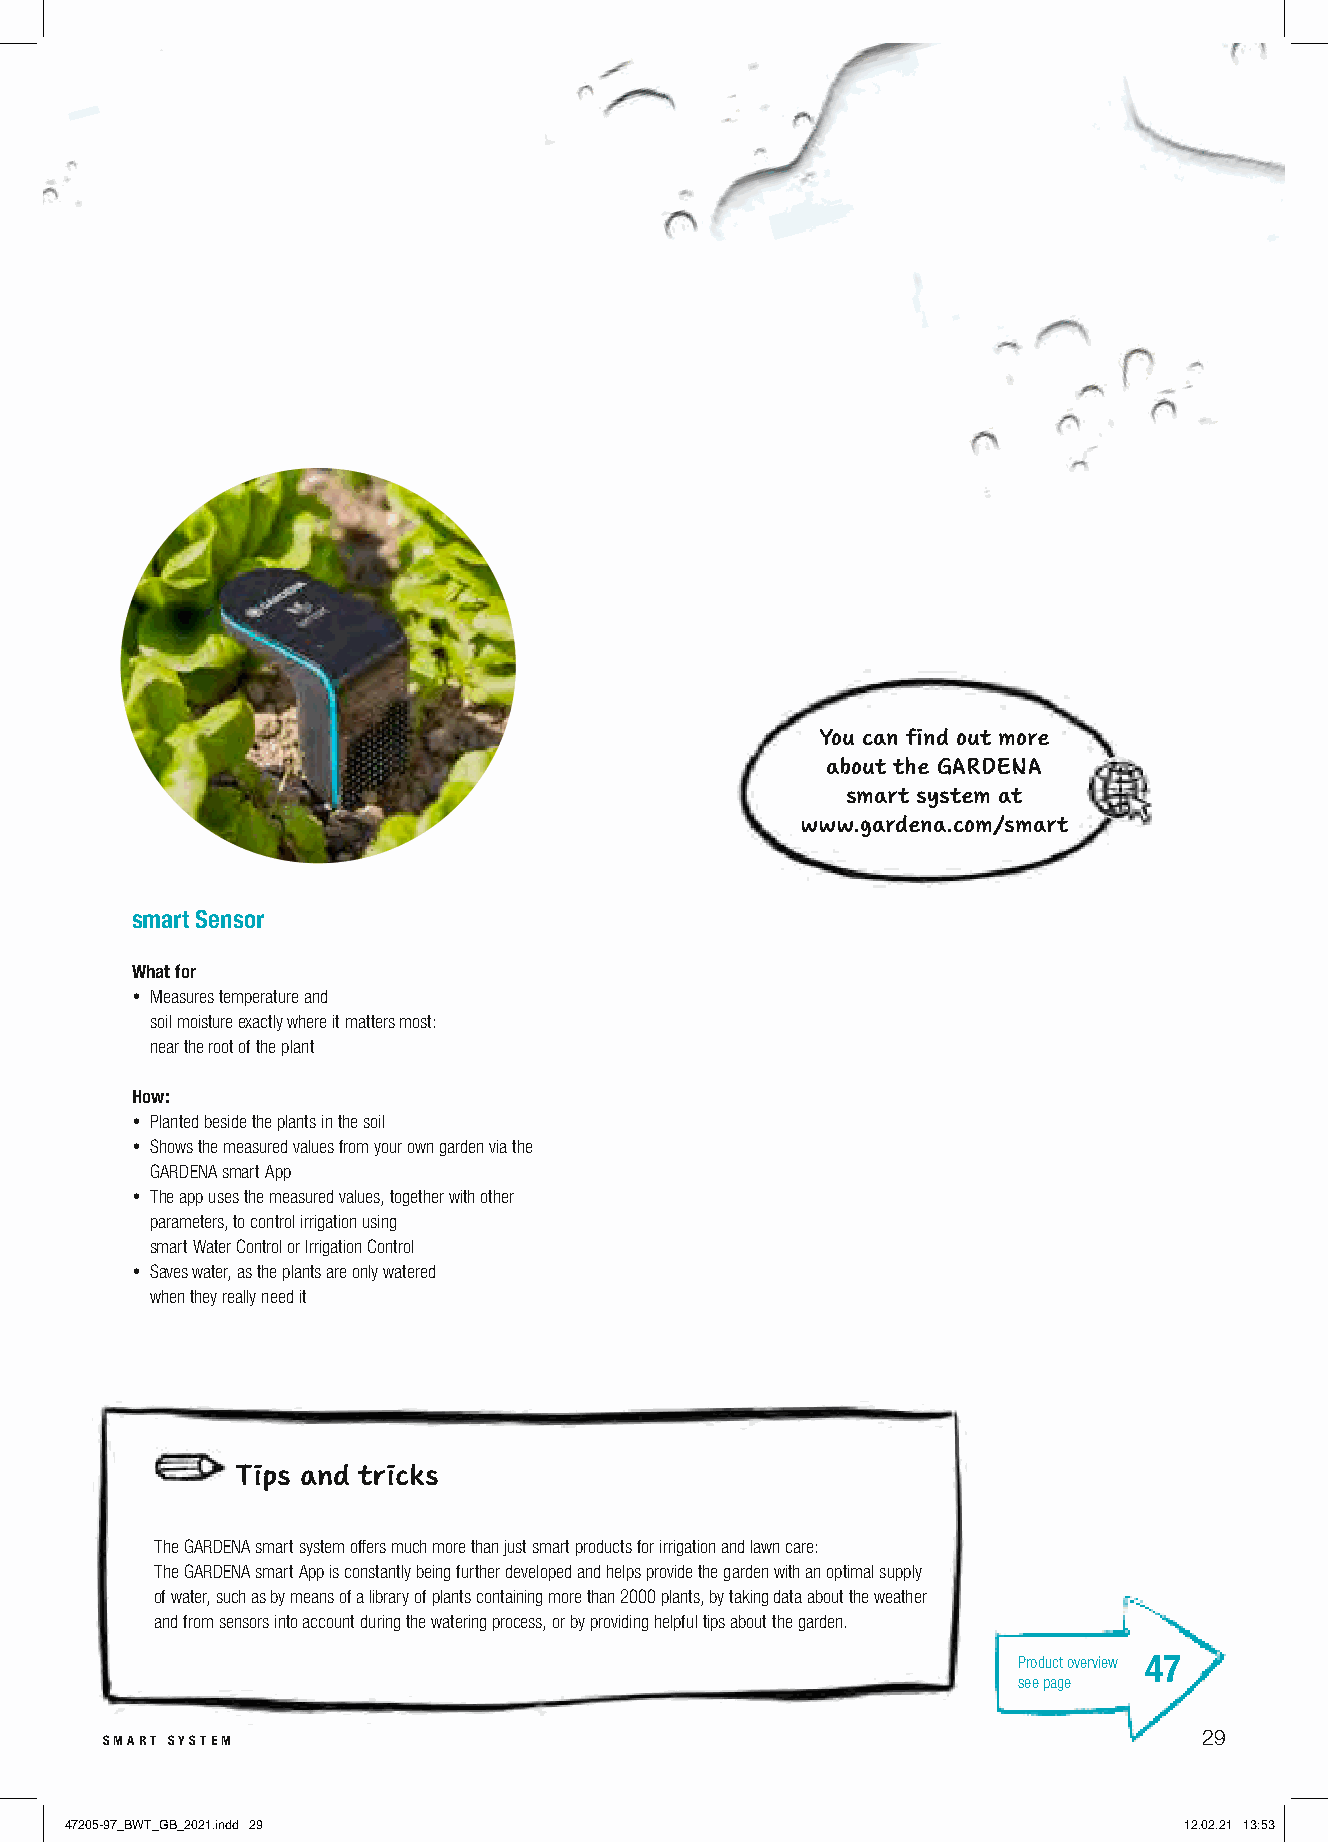
You can find out more
 about the GARDENA
 smart system at
 www.gardena.com/smart
 smart Sensor
 What for
 • Measures temperature and
 soil moisture exactly where it matters most:
 near the root of the plant
 How:
 • Planted beside the plants in the soil
 • Shows the measured values from your own garden via the
 GARDENA smart App
 • The app uses the measured values, together with other
 parameters, to control irrigation using
 smart Water Control or Irrigation Control
 • Saves water, as the plants are only watered
 when they really need it
 Tips and tricks
 The GARDENA smart system offers much more than just smart products for irrigation and lawn care:
 The GARDENA smart App is constantly being further developed and helps provide the garden with an optimal supply
 of water, such as by means of a library of plants containing more than 2000 plants, by taking data about the weather
 and from sensors into account during the watering process, or by providing helpful tips about the garden.
 Product overview 47
 see page
 smart system                                                             29
 47205-97_BWT_GB_2021.indd 29                                              12.02.21 13:53